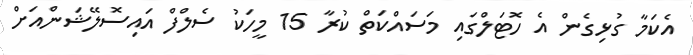
އެކަމާ ގުޅިގެން އެ ހޮޓަލްގައި މަސައްކަތް ކުރާ 15 މީހަކު ސެލްފް އައިސޮލޭޝަންއަށް